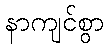
နာကျင်စွာ